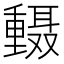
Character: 𫒅